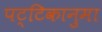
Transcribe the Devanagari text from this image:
पट्टिकानुमा